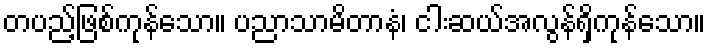
တပည့်ဖြစ်ကုန်သော။ ပညာသာမိတာနံ၊ ငါးဆယ်အလွန်ရှိကုန်သော။